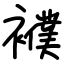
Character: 襥